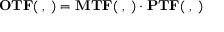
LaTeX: \mathbf { O T F ( \xi , \eta ) } = \mathbf { M T F ( \xi , \eta ) } \cdot \mathbf { P T F ( \xi , \eta ) }